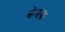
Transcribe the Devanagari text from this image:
केवक